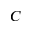
C